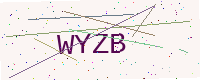
Text: WYZB